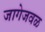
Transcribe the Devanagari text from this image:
जागेजवळ